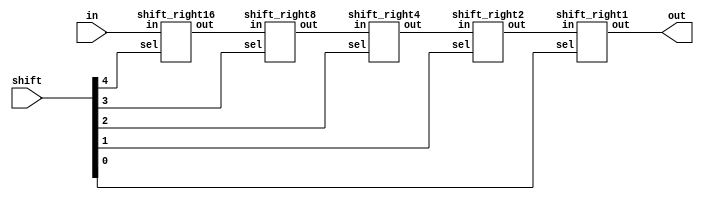
module shift_right(in, out, shift);

input	[23:0]	in;
input	[4:0]	shift;
output	[23:0]	out;

wire	[23:0]	tmp1,tmp2,tmp3,tmp4;

shift_right16 shift_1(.in(in[23:0]), .sel(shift[4]), .out(tmp1));
shift_right8  shift_2(.in(tmp1), .sel(shift[3]), .out(tmp2));
shift_right4  shift_3(.in(tmp2), .sel(shift[2]), .out(tmp3));
shift_right2  shift_4(.in(tmp3), .sel(shift[1]), .out(tmp4));
shift_right1  shift_5(.in(tmp4), .sel(shift[0]), .out(out[23:0]));

assign out[23] = in[23];
endmodule

//shift 16bit

module shift_right16(in, out, sel);

input	[23:0]	in;
input			sel;
output	[23:0]	out;

assign out = sel?{16'b0,in[23:16]}:in;
endmodule

//shift 8bit
module shift_right8(in, out, sel);

input	[23:0]	in;
input			sel;
output	[23:0]	out;

assign out = sel?{8'b0,in[23:8]}:in;
endmodule

//shift 4bit

module shift_right4(in, out, sel);

input	[23:0]	in;
input			sel;
output	[23:0]	out;

assign out = sel?{4'b0,in[23:4]}:in;
endmodule

//shift 2bit

module shift_right2(in, out, sel);

input	[23:0]	in;
input			sel;
output	[23:0]	out;

assign out = sel?{2'b0,in[23:2]}:in;
endmodule

//shift 1bit

module shift_right1(in, out, sel);

input	[23:0]	in;
input			sel;
output	[23:0]	out;

assign out = sel?{1'b0,in[23:1]}:in;
endmodule